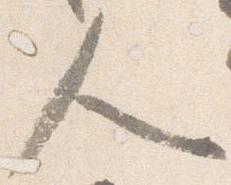
人